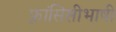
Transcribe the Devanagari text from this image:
फ़्रांसिसीभाषी